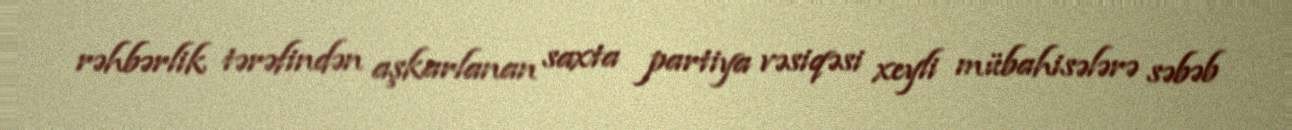
rəhbərlik tərəfindən aşkarlanan saxta partiya vəsiqəsi xeyli mübahisələrə səbəb